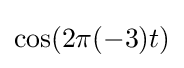
\cos(2\pi (-3)t)